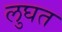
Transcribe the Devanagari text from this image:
लुघत